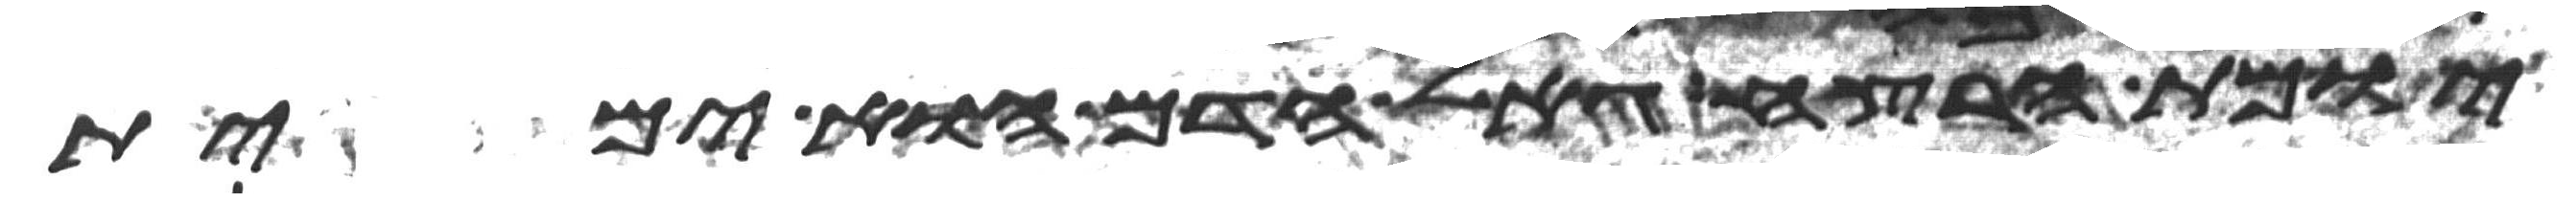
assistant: יומת הרצח גאל הדם הוא ימית